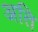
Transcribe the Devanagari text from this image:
अति